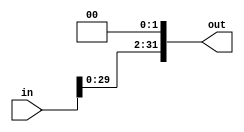
module shift_left_twice #(
    parameter data_width = 32
)
(
input   wire    [data_width-1:0]    in,
output  wire    [data_width-1:0]    out
);

assign out = in<<2 ;

endmodule